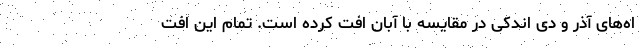
اه‌های آذر و دی اندکی در مقایسه با آبان افت کرده است. تمام این افت